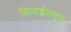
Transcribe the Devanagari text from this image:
सिनाईमधून